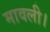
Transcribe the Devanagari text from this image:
मावली।